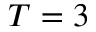
T = 3